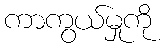
ကာကွယ်မှုကို